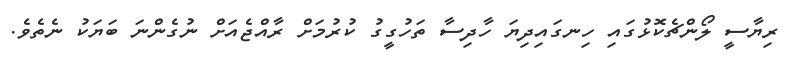
ރިޔާސީ ލޯންޗެކޮޅުގައި ހިނގައިދިޔަ ހާދިސާ ތަހުގީގު ކުރުމަށް ރާއްޖެއަށް ނުގެންނަ ބަޔަކު ނެތެވެ.